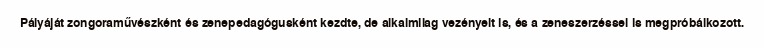
Pályáját zongoraművészként és zenepedagógusként kezdte, de alkalmilag vezényelt is, és a zeneszerzéssel is megpróbálkozott.